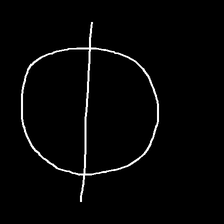
Glyph: orb